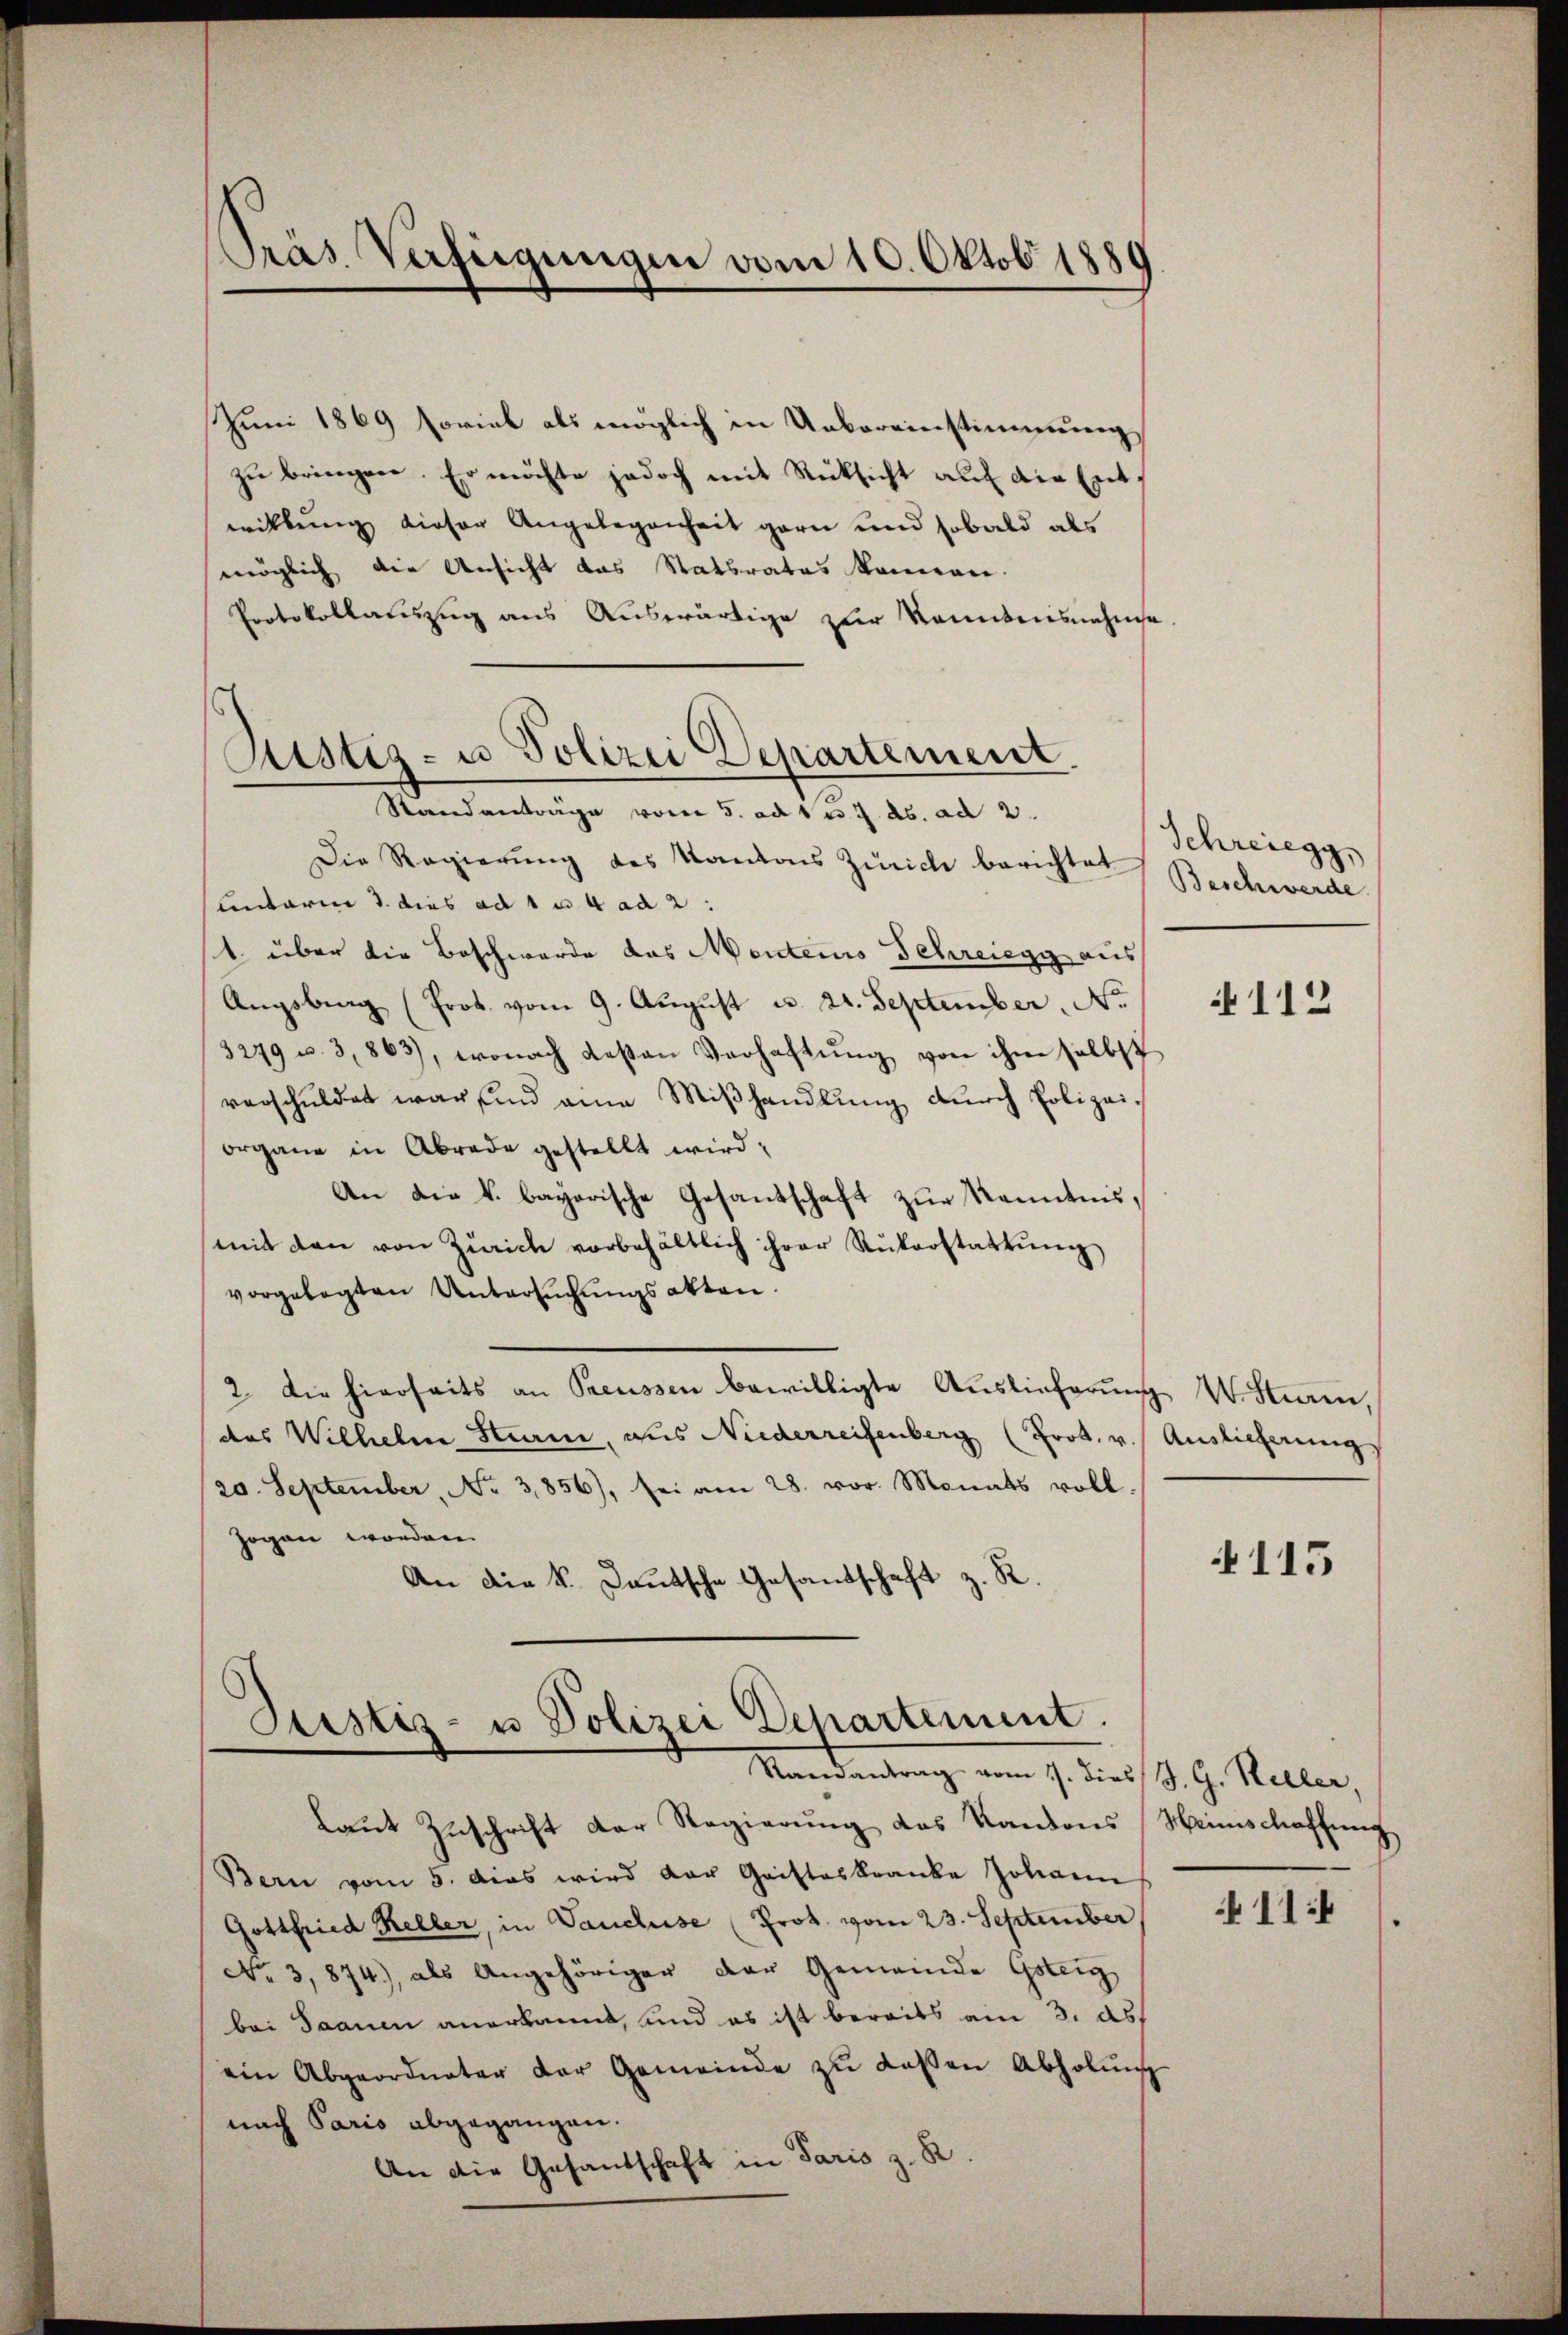
Präs. Verfügungen vom 10. Oktob. 1880

Juni 1869 soviel als möglich in Uebereinstimmung
zu bringen. Er möchte jedoch mit Rücksicht auf die Entwillung dieser Angelegenheit garn und sobald als
möglich die Ansicht das Statsrates können.
Protokollauszug aus Auswärtige zur konntensnahme
Standanträge vom 5. ad 1 u. 7. ds. ad 2.
Die Regierung des Kantons Zürich berichtet Beschwerde
Antariae d. dies ad 1 u. 4 ad 2
1 über die Beschwerde das Mentens Schreiegg aus
Augsburg (Prot. vom 9. August u. 21. September, No.
3279 u. 3,863), wonach desten Verhaftung von ihm selbst
verschuldet war sind eine Miβhandlung durch Polizeiorgane in Abrade gestellt wird,
An die k. bayerische Gesandschaft zur Kenntnis,
mit den von Zürich vorbehältlich ihrer Rŭkorstattŭng
vorgelegten Untersuchungsakten.
2. Die hierseits an Preussen bewilligte Auslieferŭng W. Stieren,
des Wilhelm Stram, aus Niederreisenberg (Prot. v. Auslieferungs
20. September, No 3,856), sei am 28. vor. Monats voll-
zogen worden.
An die k. Lautsche Gesandschaft z. R.

Ristig- u Polizei Departement.

Justiz- u Polizei Departement.
Randantrag vom 1. dies J. G. Keller,

Schreiegg,

laut Zuschrift der Regierung das Kantons Meinschaffung
Bern vom 5. das wird der Gristeskranke Johann
Gottfried Keller, in Vancluse (Prot. vom 23. September,
No 3,874), als Angehöriger der Gemeinde Gsteig
bei Saanen anerkannt, und es ist bereits am 3. ds
ein Abgeordneter der Gemeinde zu deßen Abholung
nach Paris abgegangen.
An die Gesandschaft in Paris z. R.

112

115

11: